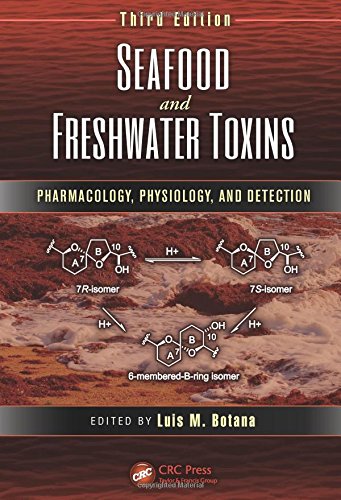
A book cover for Seafood and Freshwater Toxins: Pharmacology, Physiology, and Detection, Third Edition; Medical Books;